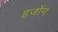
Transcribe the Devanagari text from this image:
हजोंग